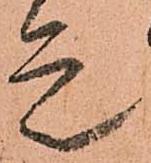
是